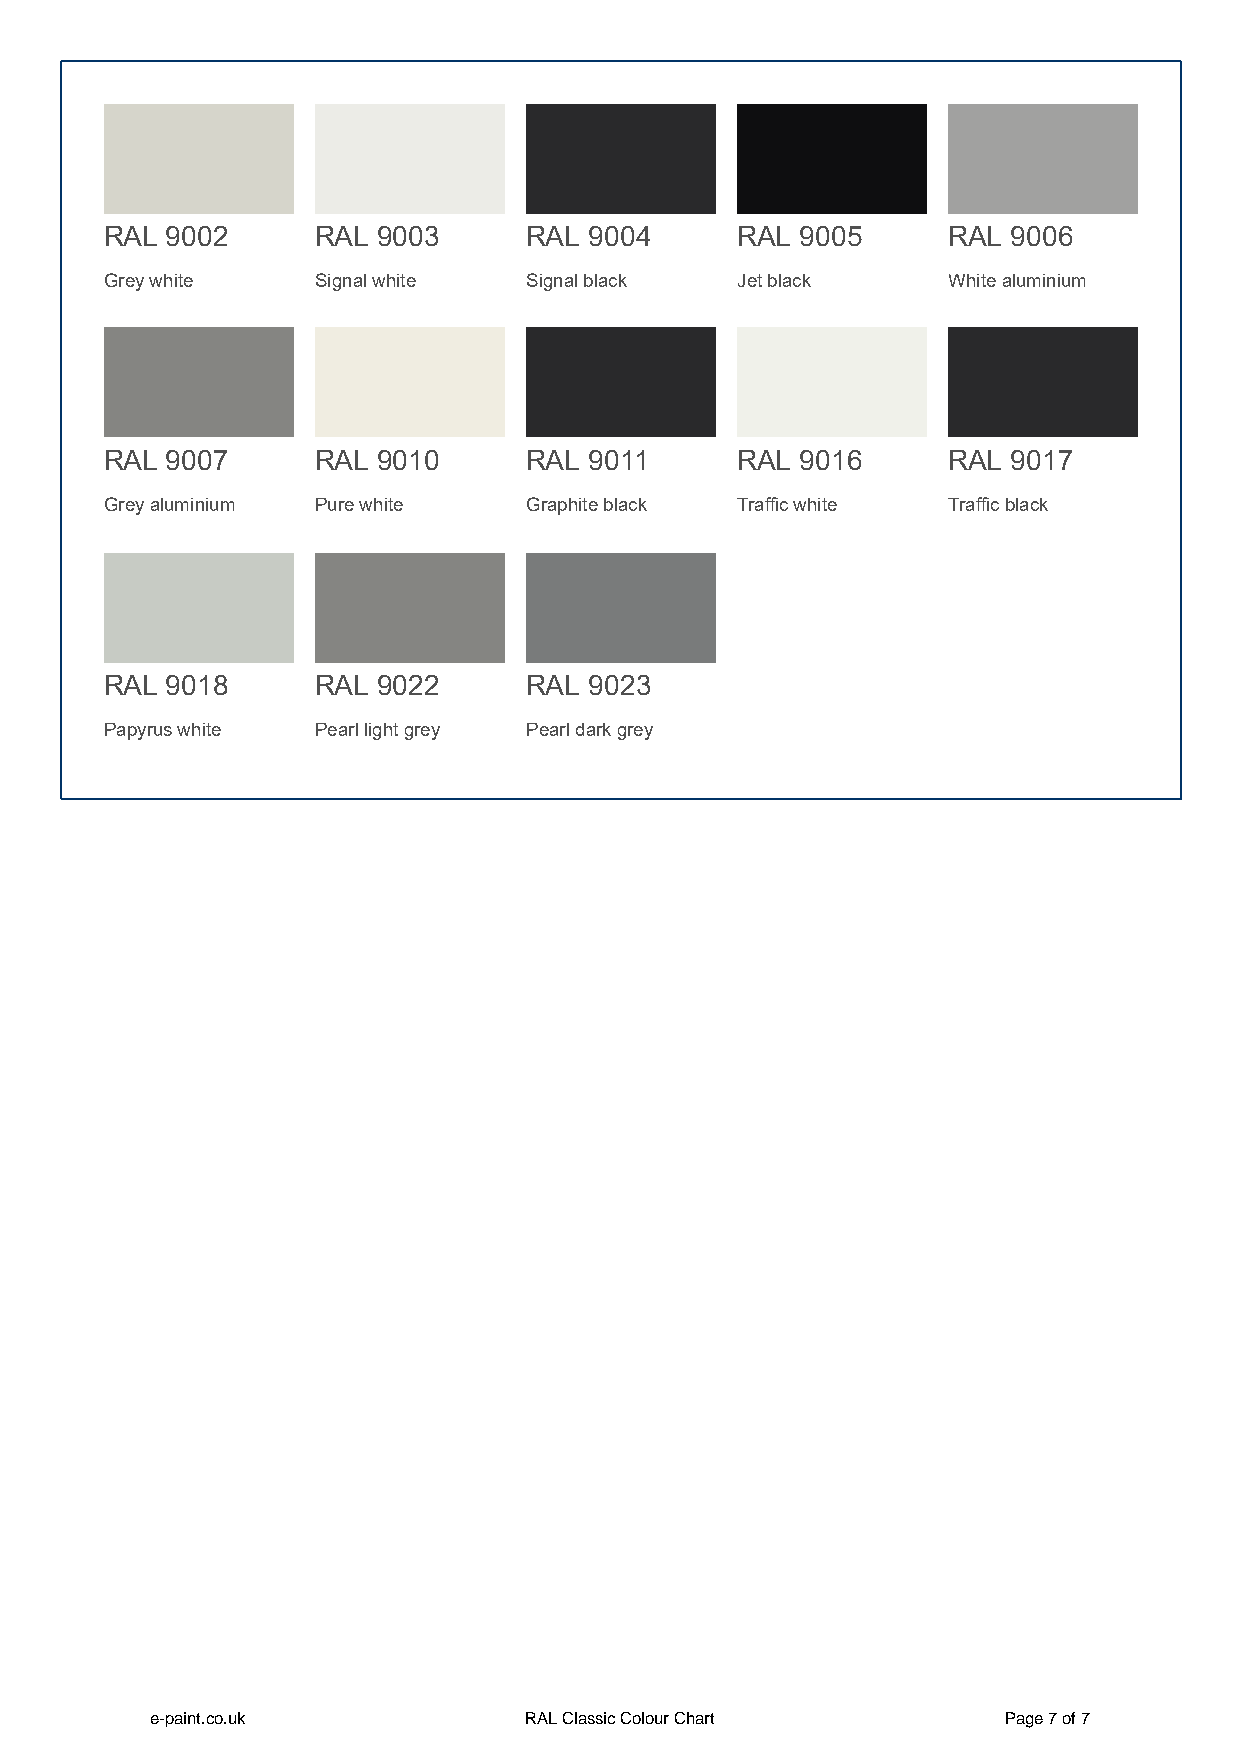
RAL 9002      RAL 9003      RAL 9004      RAL 9005      RAL 9006
 Grey white    Signal white  Signal black  Jet black     White aluminium
 RAL 9007      RAL 9010      RAL 9011      RAL 9016      RAL 9017
 Grey aluminium Pure white   Graphite black Traffic white Traffic black
 RAL 9018      RAL 9022      RAL 9023
 Papyrus white Pearl light grey Pearl dark grey
 e-paint.co.uk            RAL Classic Colour Chart       Page 7 of 7